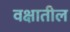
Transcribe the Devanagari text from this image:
वक्षातील